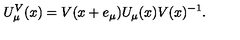
U _ { \mu } ^ { V } ( x ) = V ( x + e _ { \mu } ) U _ { \mu } ( x ) V ( x ) ^ { - 1 } .